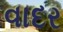
વાદર